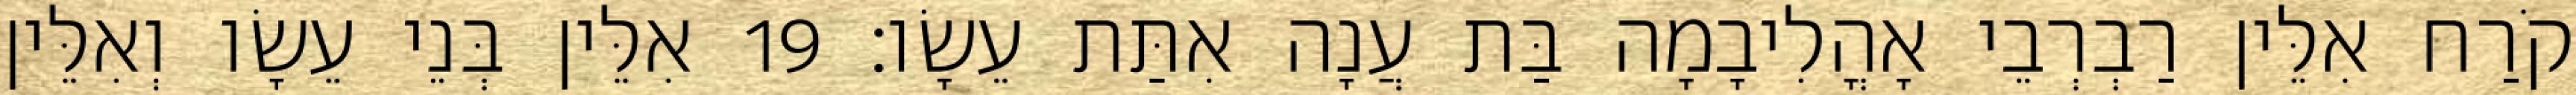
קֹרַח אִלֵּין רַבְרְבֵי אָהֳלִיבָמָה בַּת עֲנָה אִתַּת עֵשָׂו׃ 19 אִלֵּין בְּנֵי עֵשָׂו וְאִלֵּין